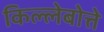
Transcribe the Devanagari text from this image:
किल्लेबोत्ते